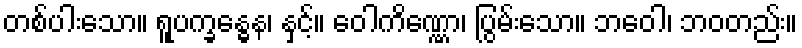
တစ်ပါးသော။ ရူပက္ခန္ဓေန၊ နှင့်။ ဝေါကိဏ္ဏော၊ ပြွမ်းသော။ ဘဝေါ၊ ဘဝတည်း။